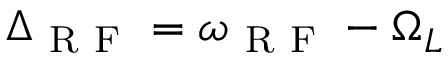
\Delta _ { \mathrm { ~ R ~ F ~ } } = \omega _ { \mathrm { ~ R ~ F ~ } } - \Omega _ { L }